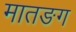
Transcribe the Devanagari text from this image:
मातङग